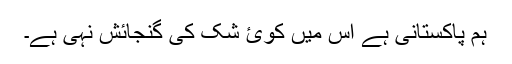
ہم پاکستانی ہے اس میں کوئ شک کی گنجائش نہی ہے۔